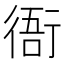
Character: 衙